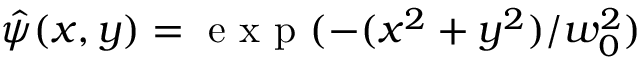
\hat { \psi } ( x , y ) = \mathrm { ~ e ~ x ~ p ~ } ( - ( x ^ { 2 } + y ^ { 2 } ) / w _ { 0 } ^ { 2 } )